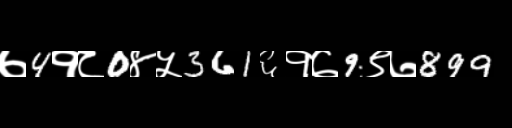
Text: ७4१८0४५361६१७9९७899